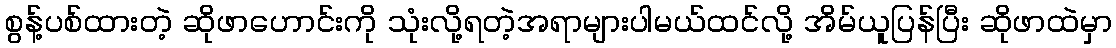
စွန့်ပစ်ထားတဲ့ ဆိုဖာဟောင်းကို သုံးလို့ရတဲ့အရာများပါမယ်ထင်လို့ အိမ်ယူပြန်ပြီး ဆိုဖာထဲမှာ